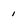
Character: 1